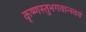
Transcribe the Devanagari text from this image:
कृष्णस्तुभगवान्स्वयं